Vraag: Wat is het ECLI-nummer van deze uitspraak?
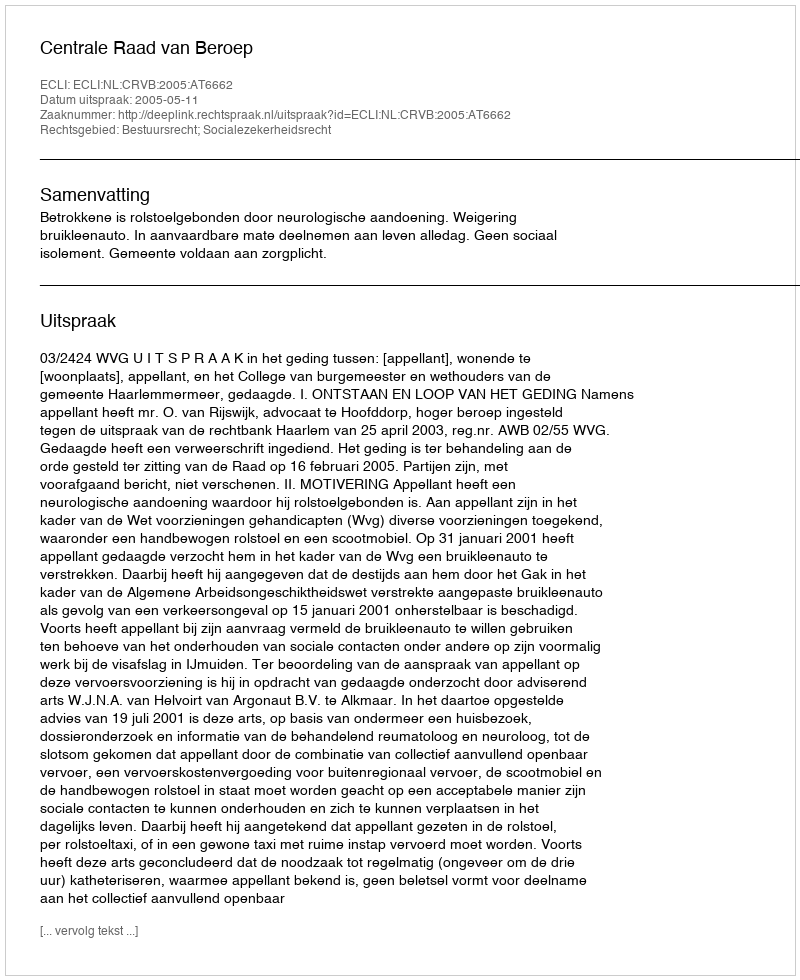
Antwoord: ECLI:NL:CRVB:2005:AT6662